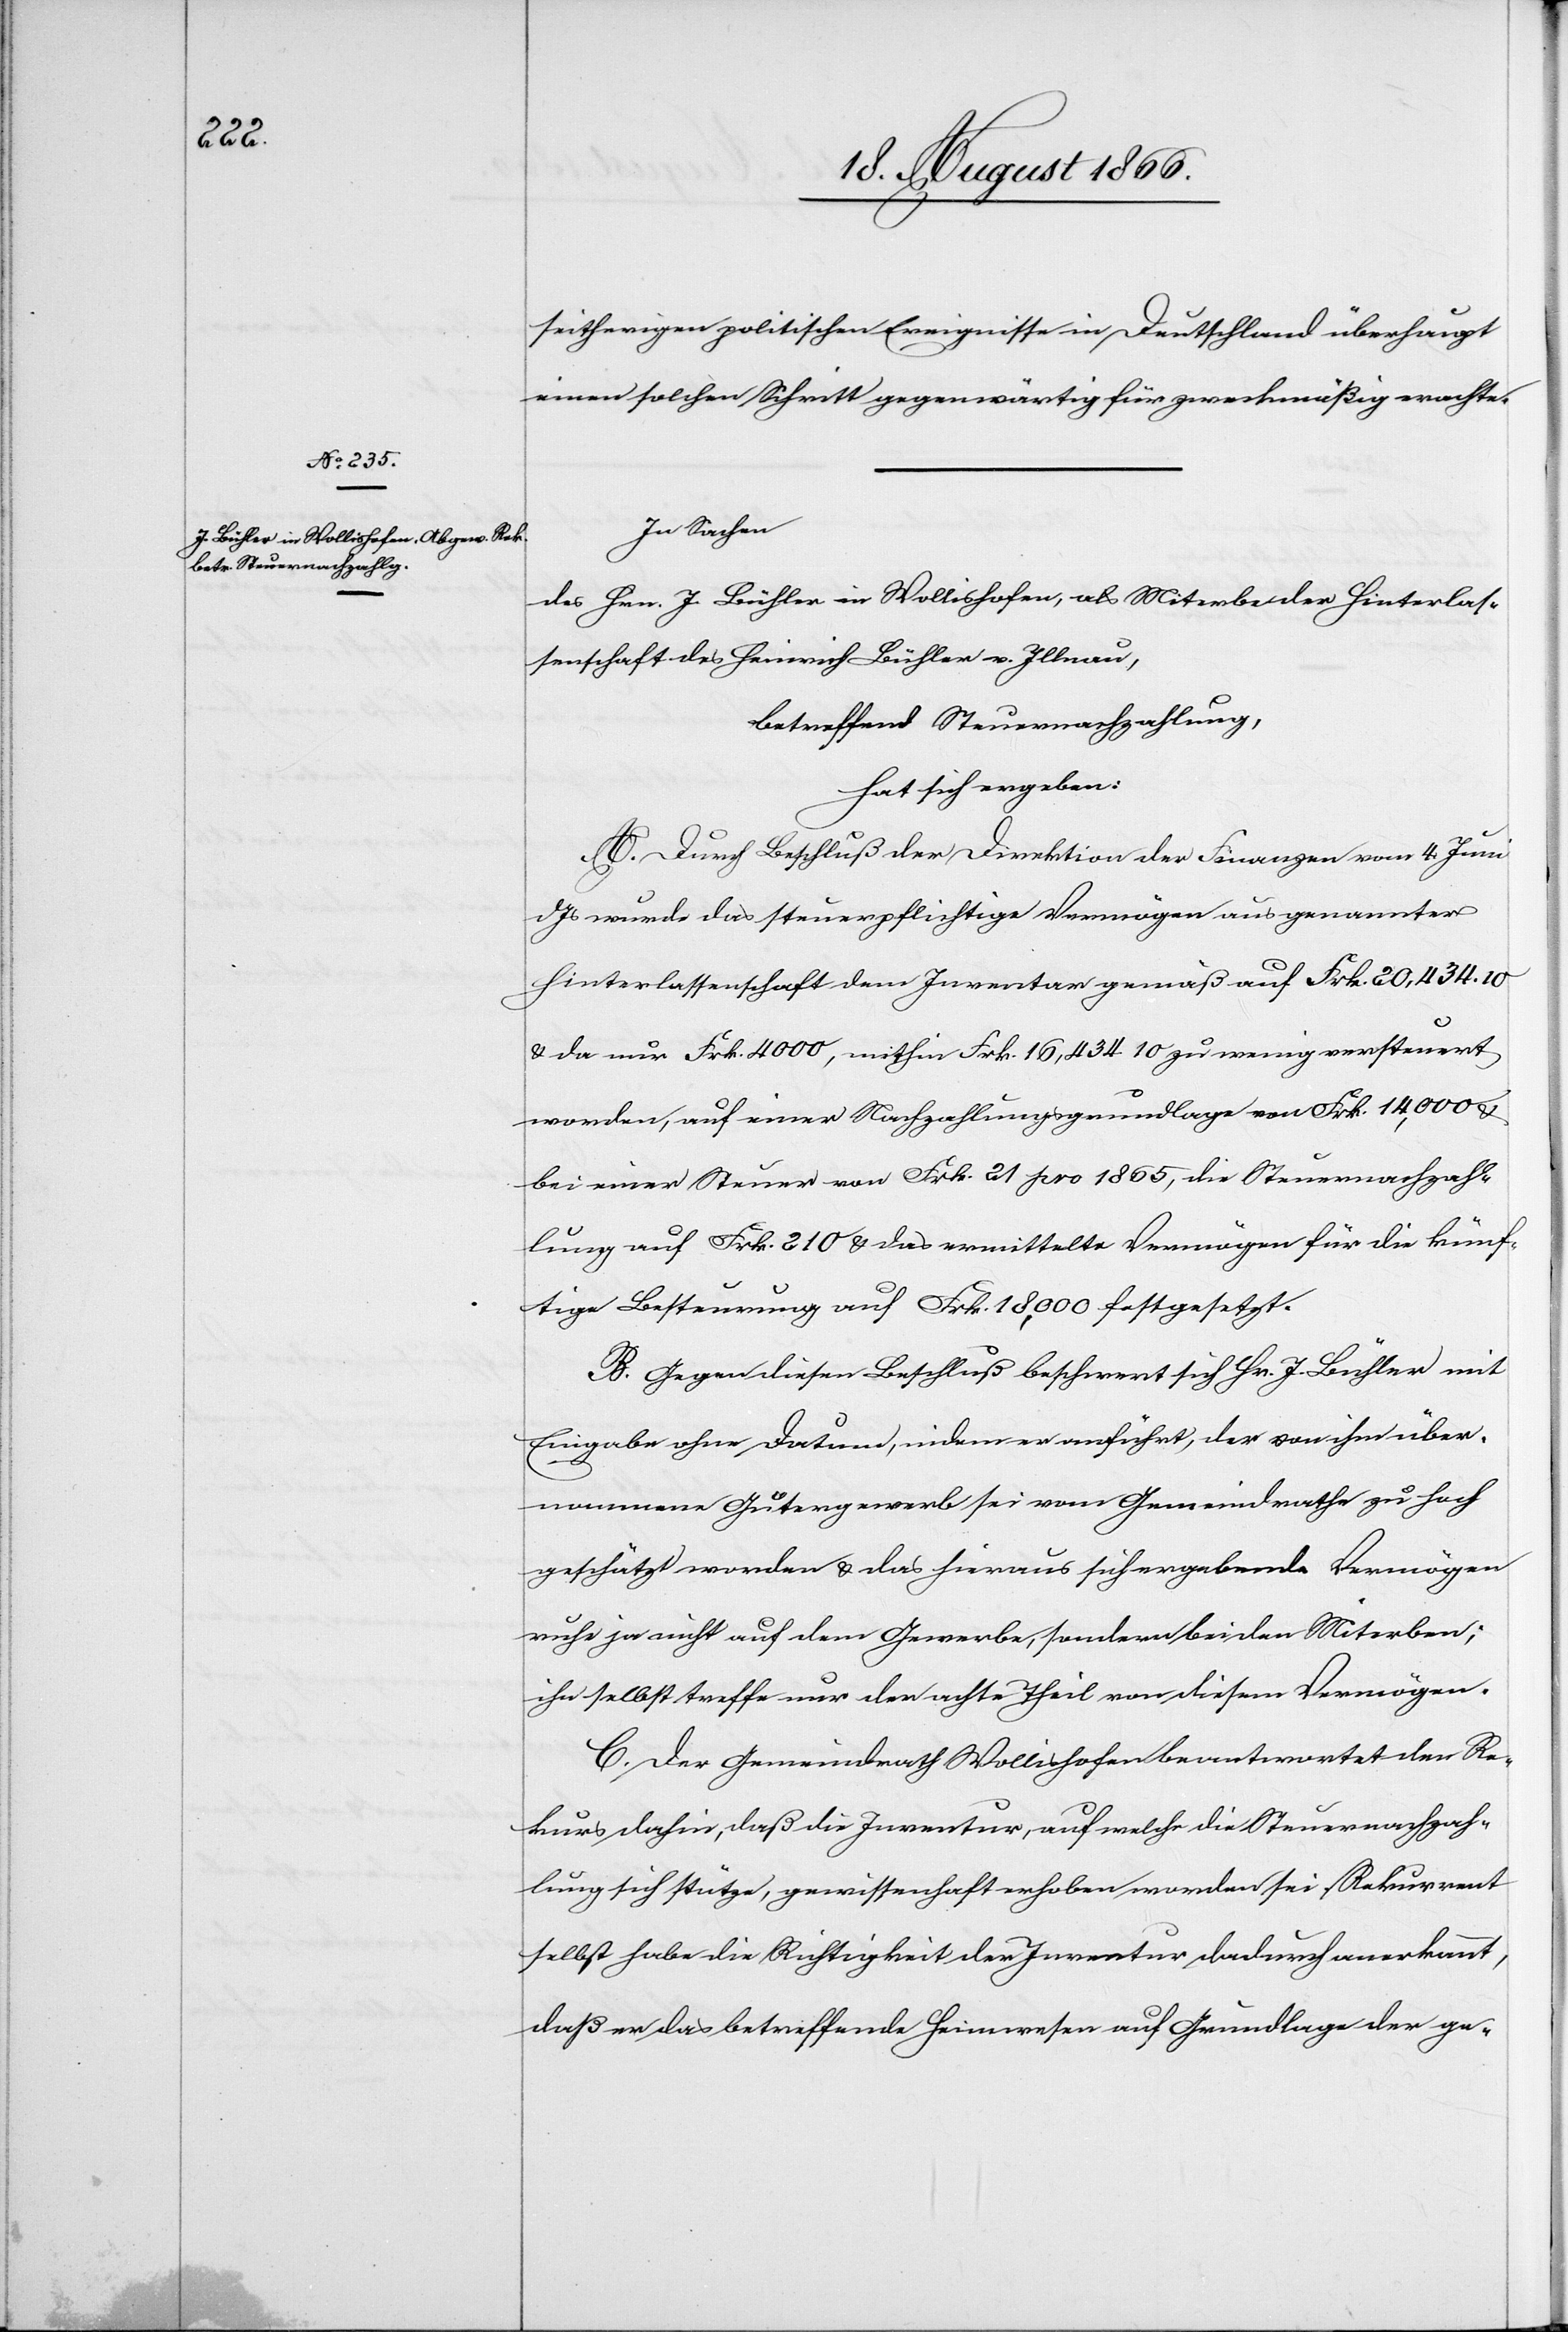
erigen

einen solchen Schritt gegenwärtig für zweckmäßig hält.
In Sachen
des Hrn. J. Bühler in Wollishofen, als Miterben der Hinterlas¬
senschaft des Heinrich Bühler v. Illnau,
betreffend Steuernachzahlung,
hat sich ergeben:
A. Durch Beschluß der Direktion der Finanzen vom 4. Juni
dJs wurde das steuerpflichtige Vermögen aus genannter
Hinterlassenschaft dem Inventar gemäß auf Frk. 20 434.10
u. da nur Frk. 4000, mithin Frk. 16 434.10 zu wenig versteuert
worden, auf einer Nachzahlungsgrundlage von Frk. 14 000 u.
bei einer Steuer von Frk. 21 pro 1865, die Steuernachzah¬
lung auf Frk. 210 u. das ermittelte Vermögen für die künf¬
tige Besteuerung auf Frk. 18 000 festgesetzt.
B. Gegen diesen Beschluß beschwert sich Hr. J. Bühler mit
Eingabe ohne Datum, indem er anführt, der von ihm über¬
nommene Gütergwerb sei vom Gemeindrathe zu hoch
geschätzt worden u. das hieraus sich ergebende Vermögen
ruhe ja nicht auf dem Gewerbe, sondern bei den Miterben;
ihn selbst treffen nur der achte Theil von diesem Vermögen.
C. Der Gemeindrath Wollishofen beantwortet den Re¬
kurs dahin, daß die Inventur, auf welche die Steuernachzah¬
lung sich stütze, gewissenhaft erhoben worden sei. Rekurrent
selbst habe die Richtigkeit der Inventur dadurch anerkannt,
daß er das betreffende Heimwesen auf Grundlage der ge-